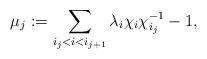
LaTeX: \begin{align*}\mu_j:=\sum_{i_j<i<i_{j+1}} \lambda_i\chi_i\chi^{-1}_{i_j}-1,\end{align*}